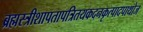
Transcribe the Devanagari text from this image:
ब्रह्मस्त्रीशापतापत्रितयकदनकृत्पादपाथोज